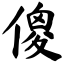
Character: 傻